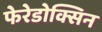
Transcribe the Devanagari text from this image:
फेरेडोक्सिन